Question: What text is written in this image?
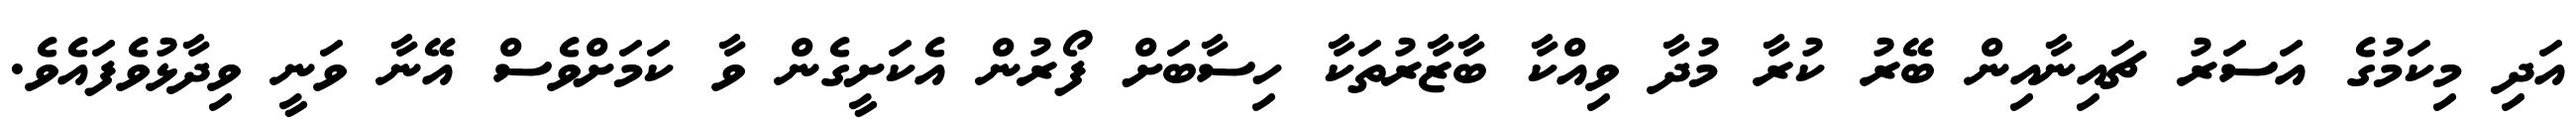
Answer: އަދި މިކަމުގެ އަސަރު ޗައިނާއިން ބޭރު ކުރާ މުދާ ވިއްކާ ބާޒާރުތަކާ ހިސާބަށް ފޯރުން އެކަށީގެން ވާ ކަމަށްވެސް އޭނާ ވަނީ ވިދާޅުވެފައެވެ.